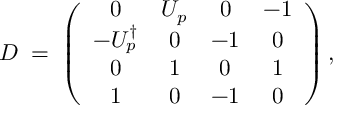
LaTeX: D \; = \; \left( \begin{array} { c c c c } { { 0 } } & { { U _ { p } } } & { { 0 } } & { { - 1 } } \\ { { - U _ { p } ^ { \dagger } } } & { { 0 } } & { { - 1 } } & { { 0 } } \\ { { 0 } } & { { 1 } } & { { 0 } } & { { 1 } } \\ { { 1 } } & { { 0 } } & { { - 1 } } & { { 0 } } \end{array} \right) ,